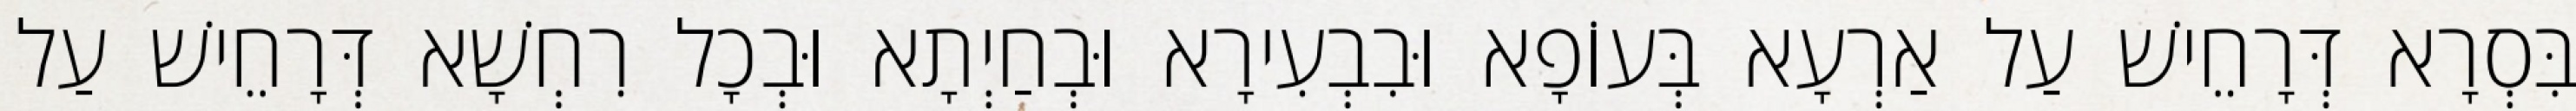
בִּסְרָא דְּרָחֵישׁ עַל אַרְעָא בְּעוֹפָא וּבִבְעִירָא וּבְחַיְתָא וּבְכָל רִחְשָׁא דְּרָחֵישׁ עַל